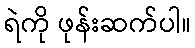
ရဲကို ဖုန်းဆက်ပါ။